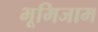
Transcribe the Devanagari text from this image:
भूमिजाम